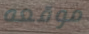
موقعه